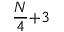
\frac { N } { 4 } { + } 3